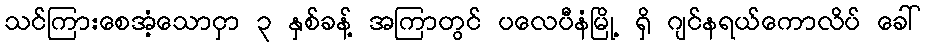
သင်ကြားစေအံ့သောငှာ ၃ နှစ်ခန့် အကြာတွင် ပလေပီနံမြို့ ရှိ ဂျင်နရယ်ကောလိပ် ခေါ်